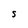
Character: S